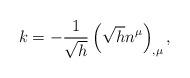
LaTeX: \begin{align*}k=-\frac 1{\sqrt{h}}\left( \sqrt{h}n^\mu \right) _{,\mu },\end{align*}